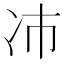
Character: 𫥀